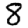
Digit: 8